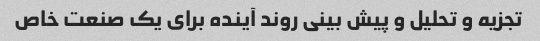
تجزیه و تحلیل و پیش بینی روند آینده برای یک صنعت خاص